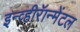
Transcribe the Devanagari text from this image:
इन्व्हीरॅान्मेंटल